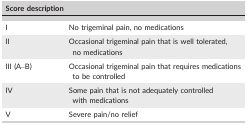
<table><thead><tr><td colspan="2"><b>Score description</b></td></tr></thead><tbody><tr><td>I</td><td>No trigeminal pain, no medications</td></tr><tr><td>II</td><td>Occasional trigeminal pain that is well tolerated, no medications</td></tr><tr><td>III (A–B)</td><td>Occasional trigeminal pain that requires medications to be controlled</td></tr><tr><td>IV</td><td>Some pain that is not adequately controlled with medications</td></tr><tr><td>V</td><td>Severe pain/no relief</td></tr></tbody></table>